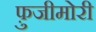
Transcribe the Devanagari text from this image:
फ़ुजीमोरी